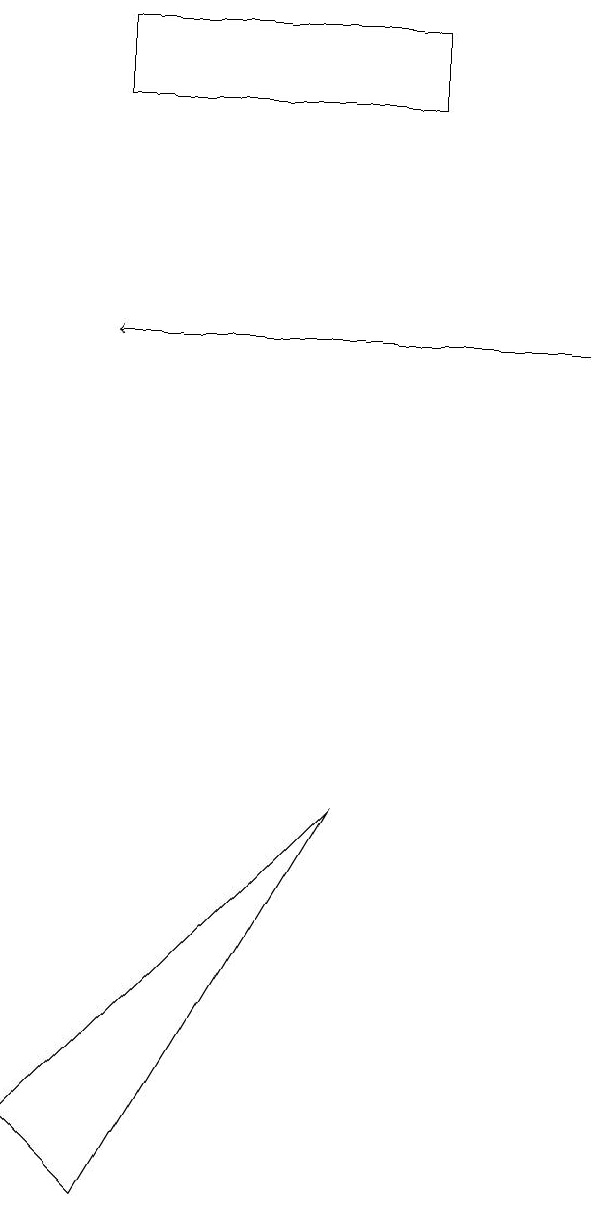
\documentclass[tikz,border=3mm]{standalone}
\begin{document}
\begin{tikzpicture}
\draw (5,7) -- (2,2) -- (1,3) -- cycle;
\draw[->] (8,13) -- (2,13);
\draw (2,16) rectangle (6,17);
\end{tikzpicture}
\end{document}